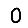
Digit: 0